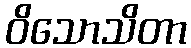
ဝိသောသိတာ